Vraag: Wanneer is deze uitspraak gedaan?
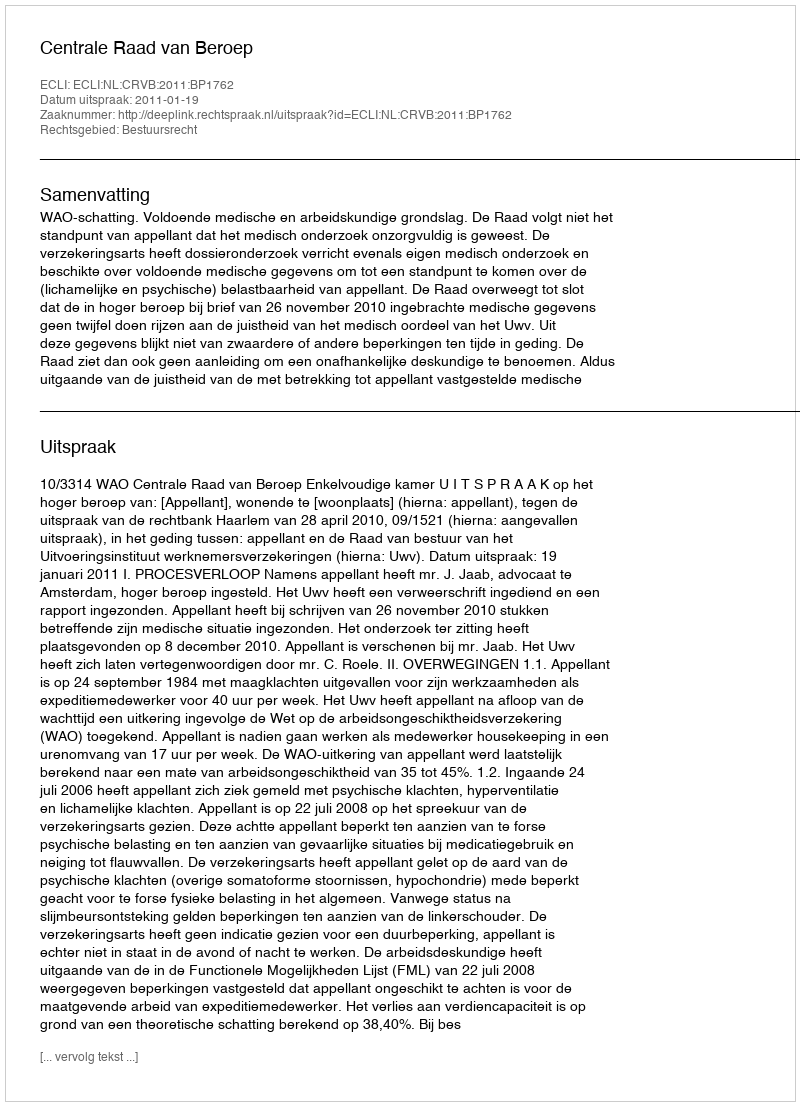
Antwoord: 2011-01-19